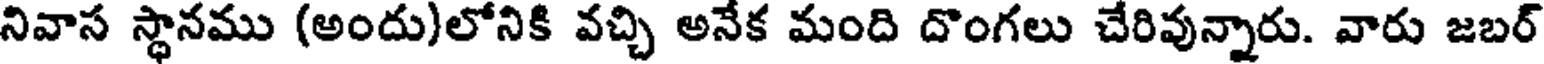
నివాస స్థానము (అందు)లోనికి వచ్చి అనేక మంది దొంగలు చేరివున్నారు. వారు జబర్